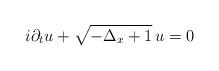
LaTeX: \begin{align*}i\partial_tu+\sqrt{-\Delta_x+1}\,u=0\end{align*}